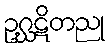
ဥဂ္ဃဋိတညု